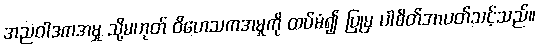
အညဝါဒကအမှု သို့မဟုတ် ဝိဟေသကအမှုကို ထပ်မံ၍ ပြုမှ ပါစိတ်အာပတ်သင့်သည်။